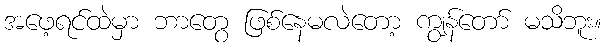
အဖေ့ရင်ထဲမှာ ဘာတွေ ဖြစ်နေမလဲတော့ ကျွန်တော် မသိဘူး။